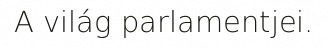
A világ parlamentjei.